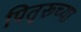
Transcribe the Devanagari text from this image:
पितृरूच्या